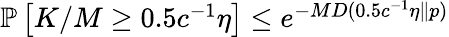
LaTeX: \begin{array}{r}{\mathbb{P}\left[K/M\ge 0.5c^{-1}\eta\right]\le e^{-MD(0.5c^{-1}\eta\| p)}}\end{array}